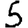
Digit: 5